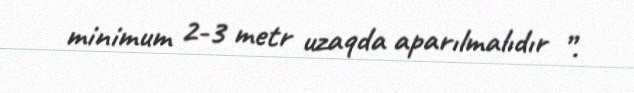
minimum 2-3 metr uzaqda aparılmalıdır ”.